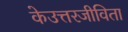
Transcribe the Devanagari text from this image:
केउत्तरजीविता